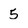
Character: 5